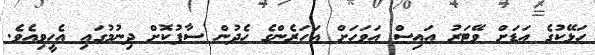
ހަޅޭކުގެ އަޑަށް ވޭޓަރު އައިސް އަވަހަށް އަހަރެންގެ ހެދުން ސާފުކޮށް ދިނުމުގައި އެހީވިއެވެ.